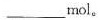
___mol。